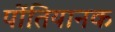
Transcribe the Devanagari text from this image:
पोंतियानक